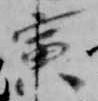
寅